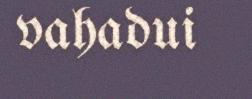
vahadui